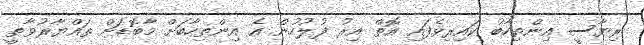
ރިޔާސީ އިންތިހާބު ކައިރިވެފައި އޮތް އިރު ފުލުހުން އެ އިންތިހާބަށް މާބޮޑަށް ތައްޔާރުވާތީ